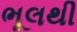
ભૂલથી